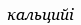
кальцийі